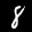
Label: 8